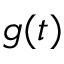
g ( t )